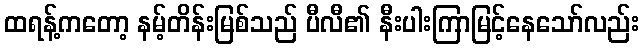
ထရန့်ကတော့ နမ့်တိန်းမြစ်သည် ပီလီ၏ နီးပါးကြာမြင့်နေသော်လည်း